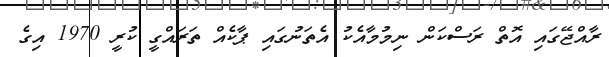
ރާއްޖޭގައި އޮތް ރަސްކަން ނިމުމާއެކު އެތަނުގައި ޕާކެއް ތަރައްގީ ކުރީ 1970 އިގެ